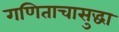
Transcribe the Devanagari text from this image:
गणिताचासुद्धा